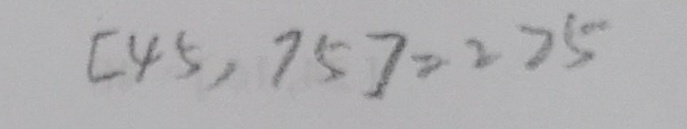
[ 4 5 , 7 5 ] = 2 2 5